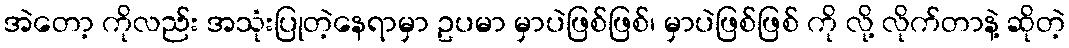
အဲတော့ ကိုလည်း အသုံးပြုတဲ့နေရာမှာ ဥပမာ မှာပဲဖြစ်ဖြစ်၊ မှာပဲဖြစ်ဖြစ် ကို လို့ လိုက်တာနဲ့ ဆိုတဲ့